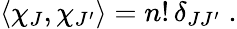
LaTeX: \langle\chi_{J},\chi_{J^{\prime}}\rangle=n!\, \delta_{JJ^{\prime}}\; .